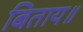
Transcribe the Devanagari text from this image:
बिताय॥